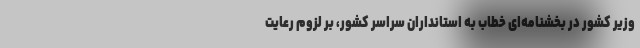
وزیر کشور در بخشنامه‌ای خطاب به استانداران سراسر کشور، بر لزوم رعایت